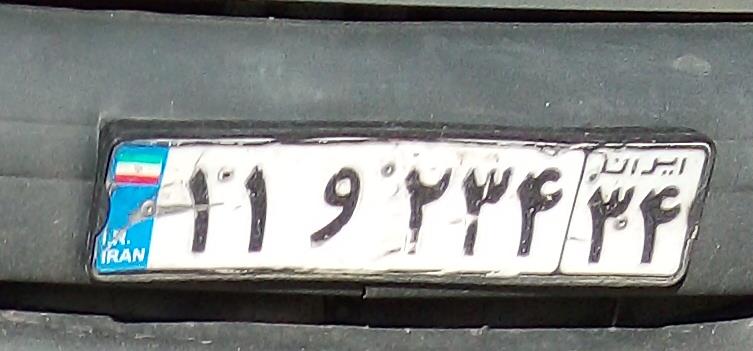
۱۱و۲۳۴۳۴